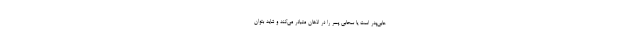
حابیِ‌پدر است یا سحابیِ پسر را در اذهان متبادر می‌کند و شاید بتوان